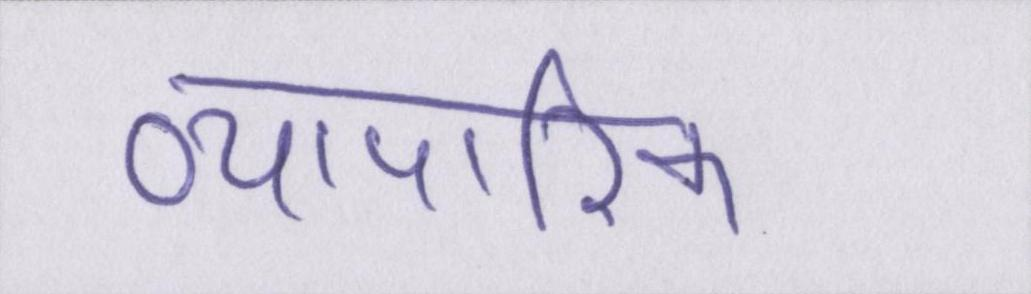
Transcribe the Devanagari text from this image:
व्यापारिक